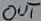
Text: OUT